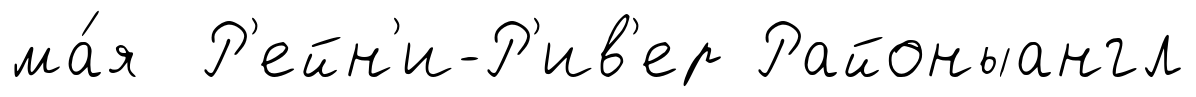
ма́я Р'ейн'и-Р'ив'ер Районыангл